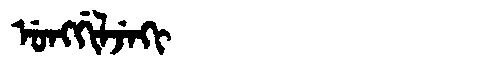
Manchu: ᡠᠩᡤᡳᠯᠵᡝᡴᡳ
Romanization: UNGGILJEKI